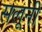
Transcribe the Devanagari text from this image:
सलूनी